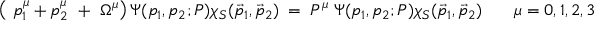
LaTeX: \left( ~ p _ { 1 } ^ { \mu } + p _ { 2 } ^ { \mu } ~ + ~ \Omega ^ { \mu } \right) \Psi ( p _ { 1 } , p _ { 2 } ; P ) \chi _ { S } ( \vec { p } _ { 1 } , \vec { p } _ { 2 } ) ~ = ~ P ^ { \mu } ~ \Psi ( p _ { 1 } , p _ { 2 } ; P ) \chi _ { S } ( \vec { p } _ { 1 } , \vec { p } _ { 2 } ) ~ ~ ~ ~ ~ ~ ~ \mu = 0 , 1 , 2 , 3